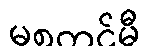
မစတင်မီ